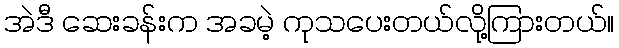
အဲဒီ ဆေးခန်းက အခမဲ့ ကုသပေးတယ်လို့ကြားတယ်။